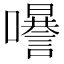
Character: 𡄗